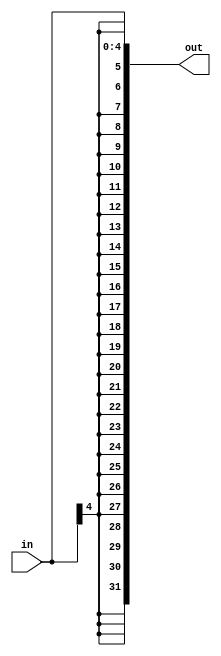
`timescale 1ns / 1ps
//////////////////////////////////////////////////////////////////////////////////
// Company: 
// Engineer: 
// 
// Design Name: 
// Module Name:    SignExtender5to32 
// Project Name: 
// Target Devices: 
// Tool versions: 
// Description: 
//
// Dependencies: 
//
// Revision: 
// Revision 0.01 - File Created
// Additional Comments: 
//
//////////////////////////////////////////////////////////////////////////////////
module SignExtender5to32(in, out);

    input [4:0] in;

    output [31:0] out;


	assign out = {{27{in[4]}}, in[4:0]};


endmodule